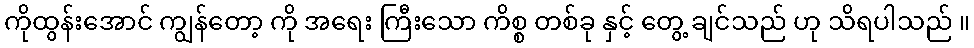
ကိုထွန်းအောင် ကျွန်တော့ ကို အရေး ကြီးသော ကိစ္စ တစ်ခု နှင့် တွေ့ ချင်သည် ဟု သိရပါသည် ။